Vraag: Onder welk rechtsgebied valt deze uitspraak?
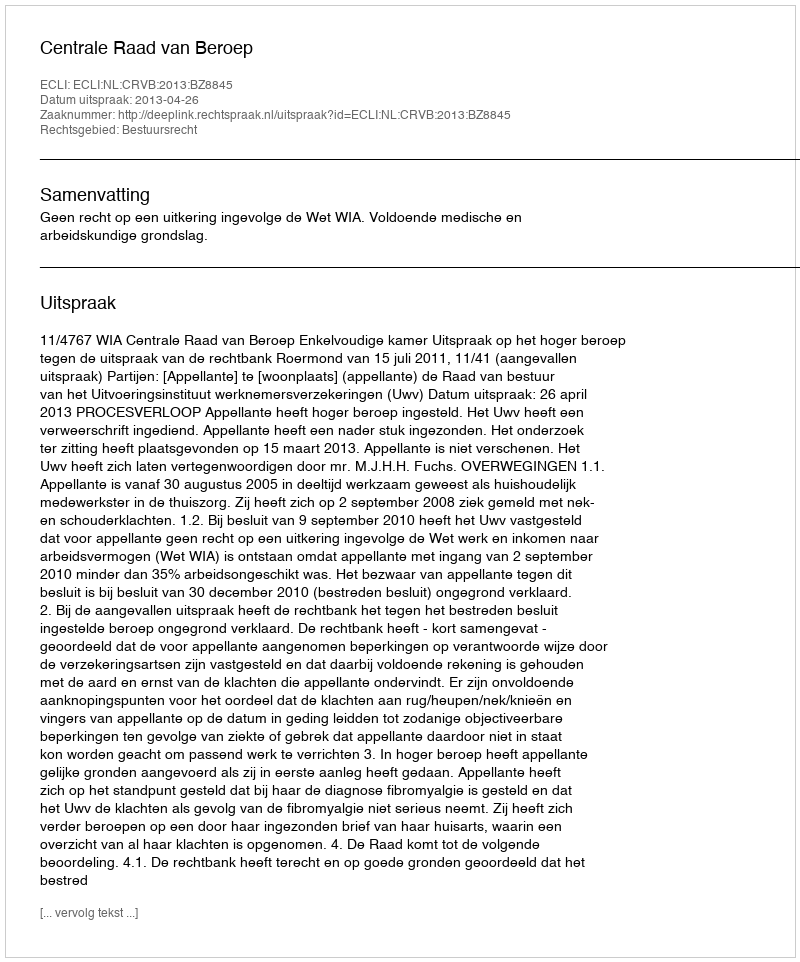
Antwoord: Bestuursrecht